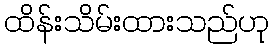
ထိန်းသိမ်းထားသည်ဟု